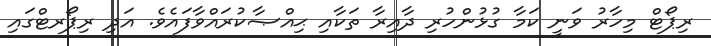
ރިޕޯޓް މިހާރު ވަނީ ކަމާ ގުޅުންހުރި ދާއިރާ ތަކާއި ޙިއްޞާކުރައްވާފައެވެ. އަދި ރިޕޯރޓްގައި